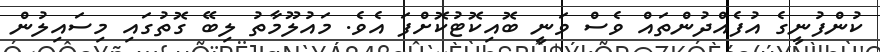
ކުންފުނީގެ އުފެއްދުންތައް ވެސް ވަނީ ބޮއިކޮޓުކޮށްފަ އެވެ. މައުލޫމާތު ލިބޭ ގޮތުގައި މިސައިލުން